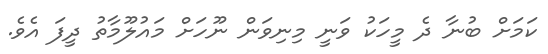
ކަމަށް ބުނާ ދެ މީހަކު ވަނީ މިނިވަން ނޫހަށް މައުލޫމާތު ދީފަ އެވެ.